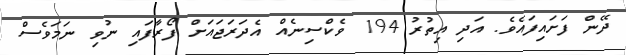
ދޭން ފަށައިފައެވެ. އަދި އިތުރު 194 ވެކްސިނެއް އެދަރަޖައަށް ފޯރާފައި ނުވި ނަމަވެސް